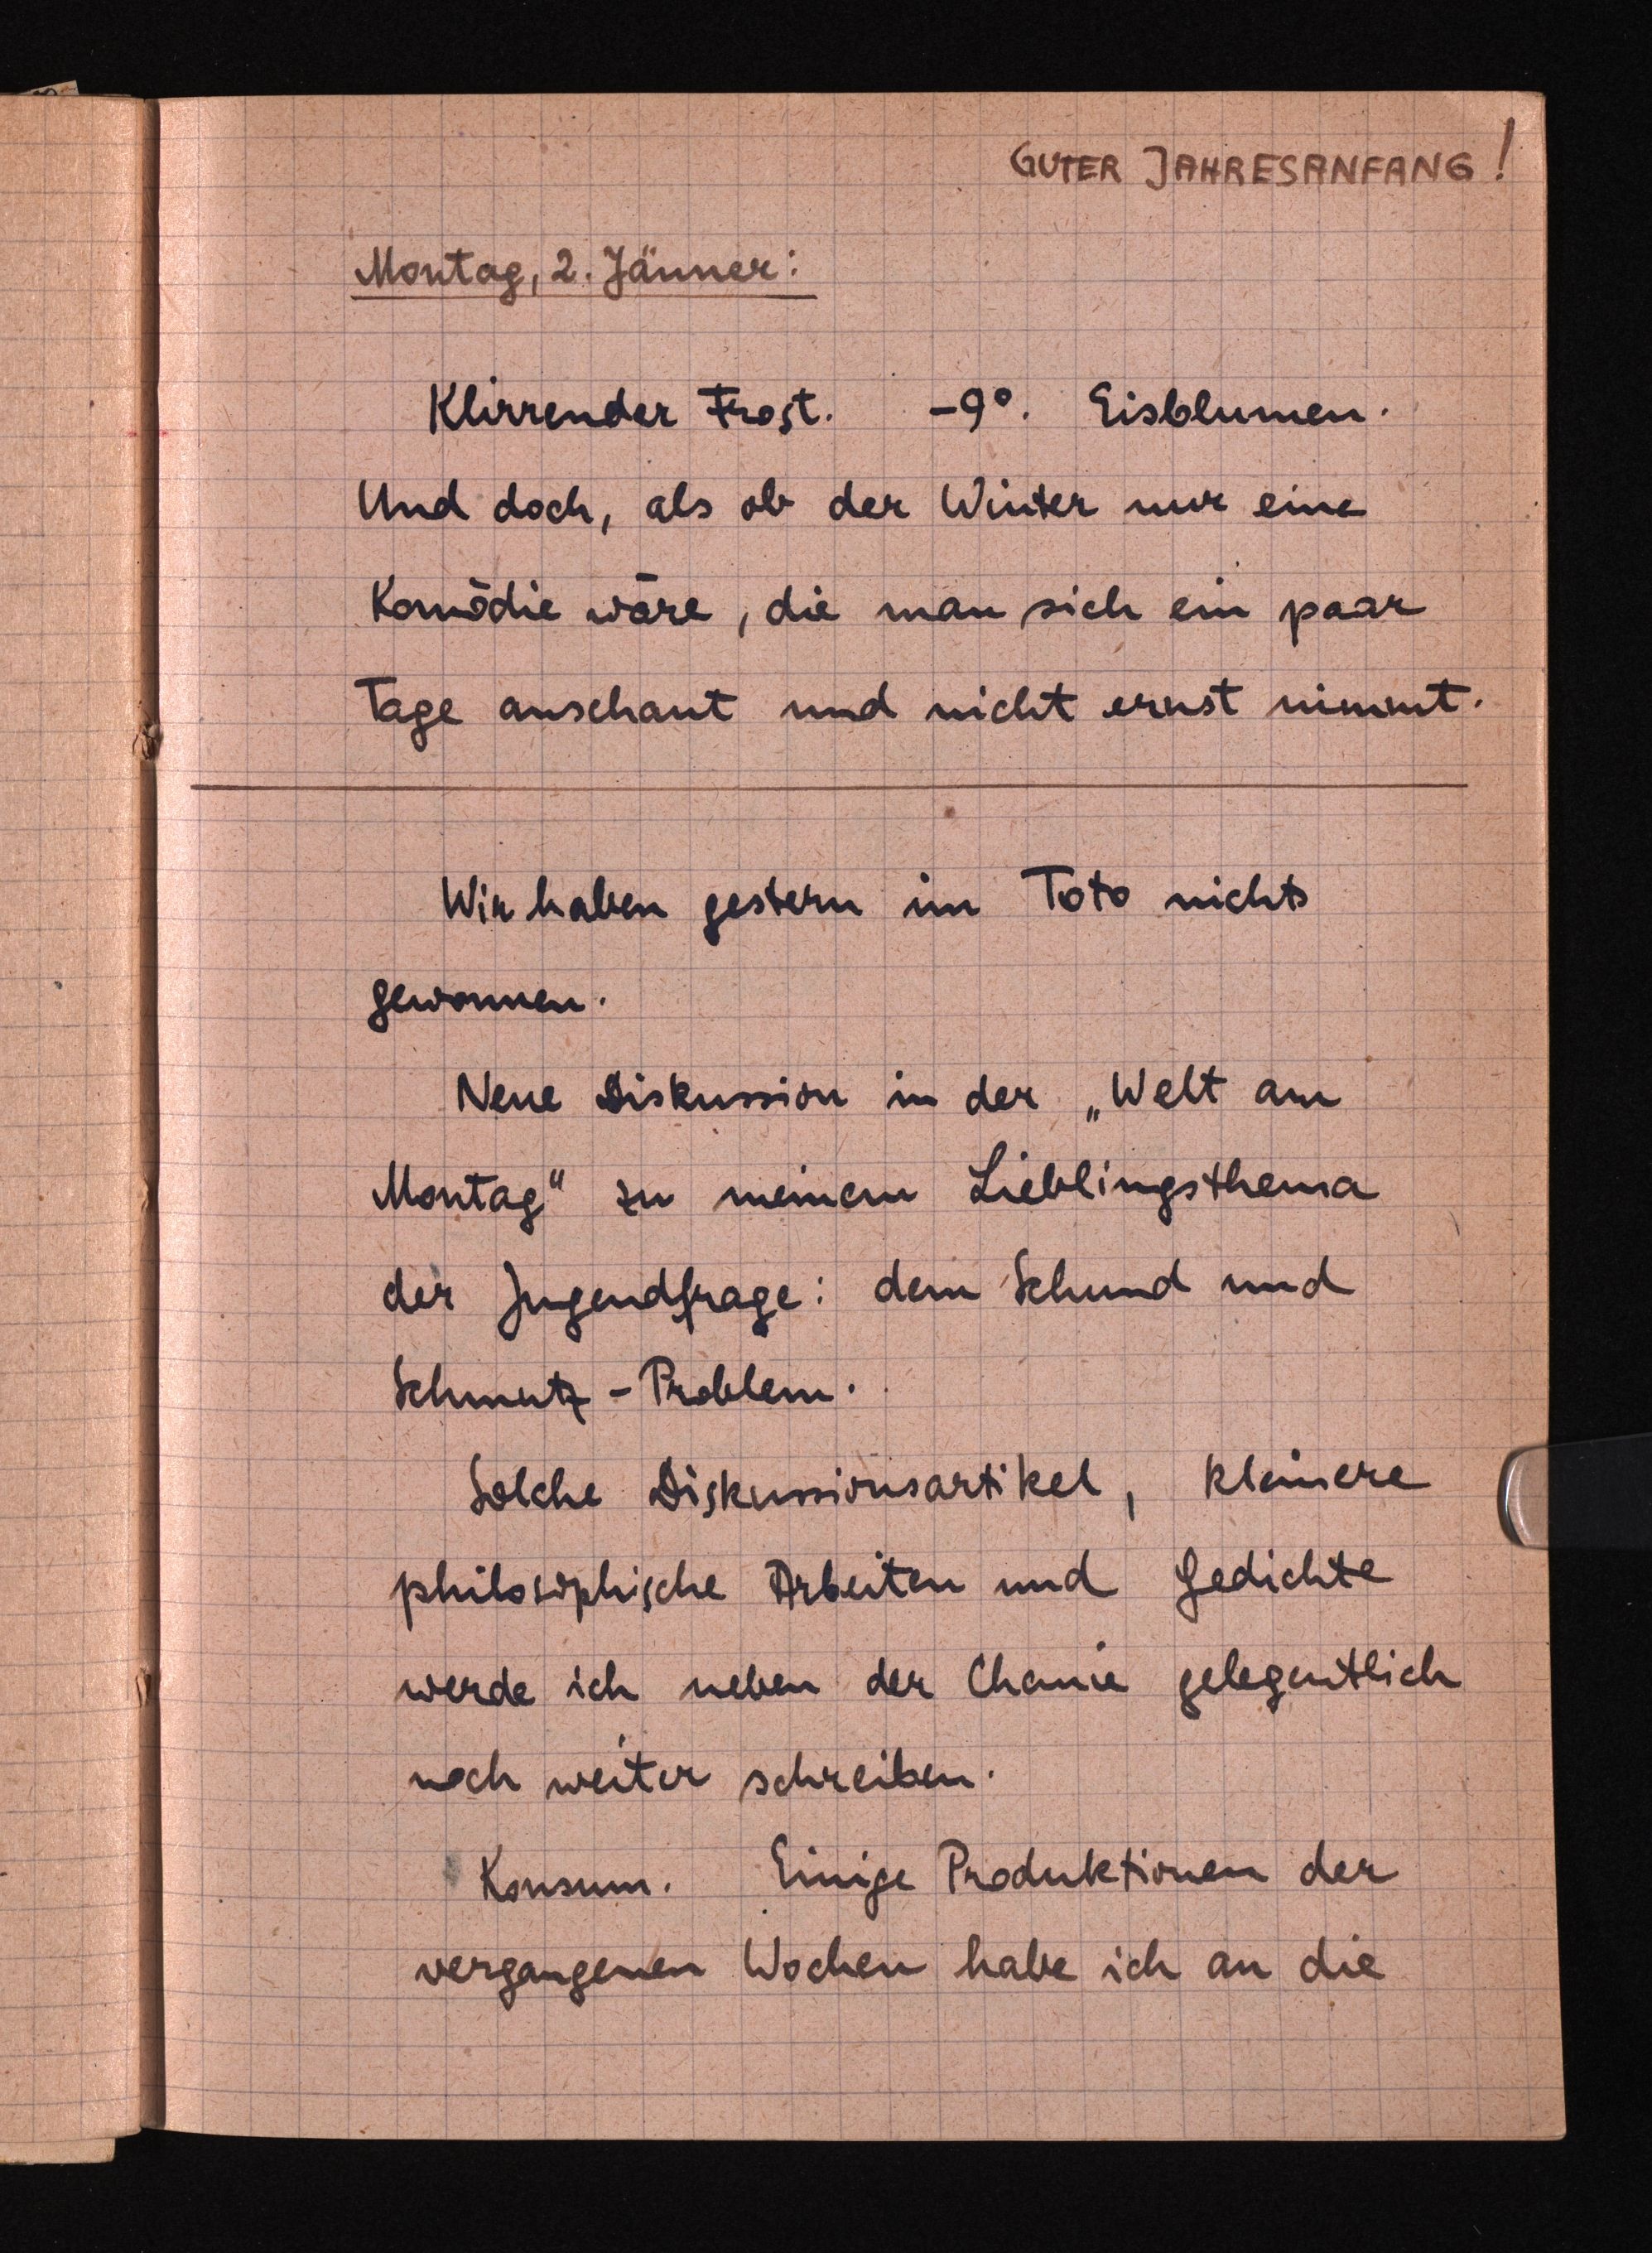
GUTER JAHRESANFANG!
Montag, 2.Jänner:
Klirrender Frost. -9°. Eisblumen.
Und doch, als ob der Winter nur eine
Komödie wäre, die man sich ein paar
Tage anschaut und nicht ernstnimmt.
Wir haben gestern im Toto nichts
gewonnen.
Neue Diskussion in der "Welt am
Montag" zu meinem Lieblingsthema
derJugendfrage: dem Schund und
Schmutz-Problem.
Solche Diskussionsartikel, kleinere
philosophische Arbeiten und Gedichte
werde ich neben der Chemie gelegentlich
noch weiter schreiben.
Konsum. Einige Produktionen der
vergangenen Wochen habe ich an die